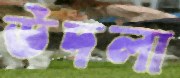
উদলা